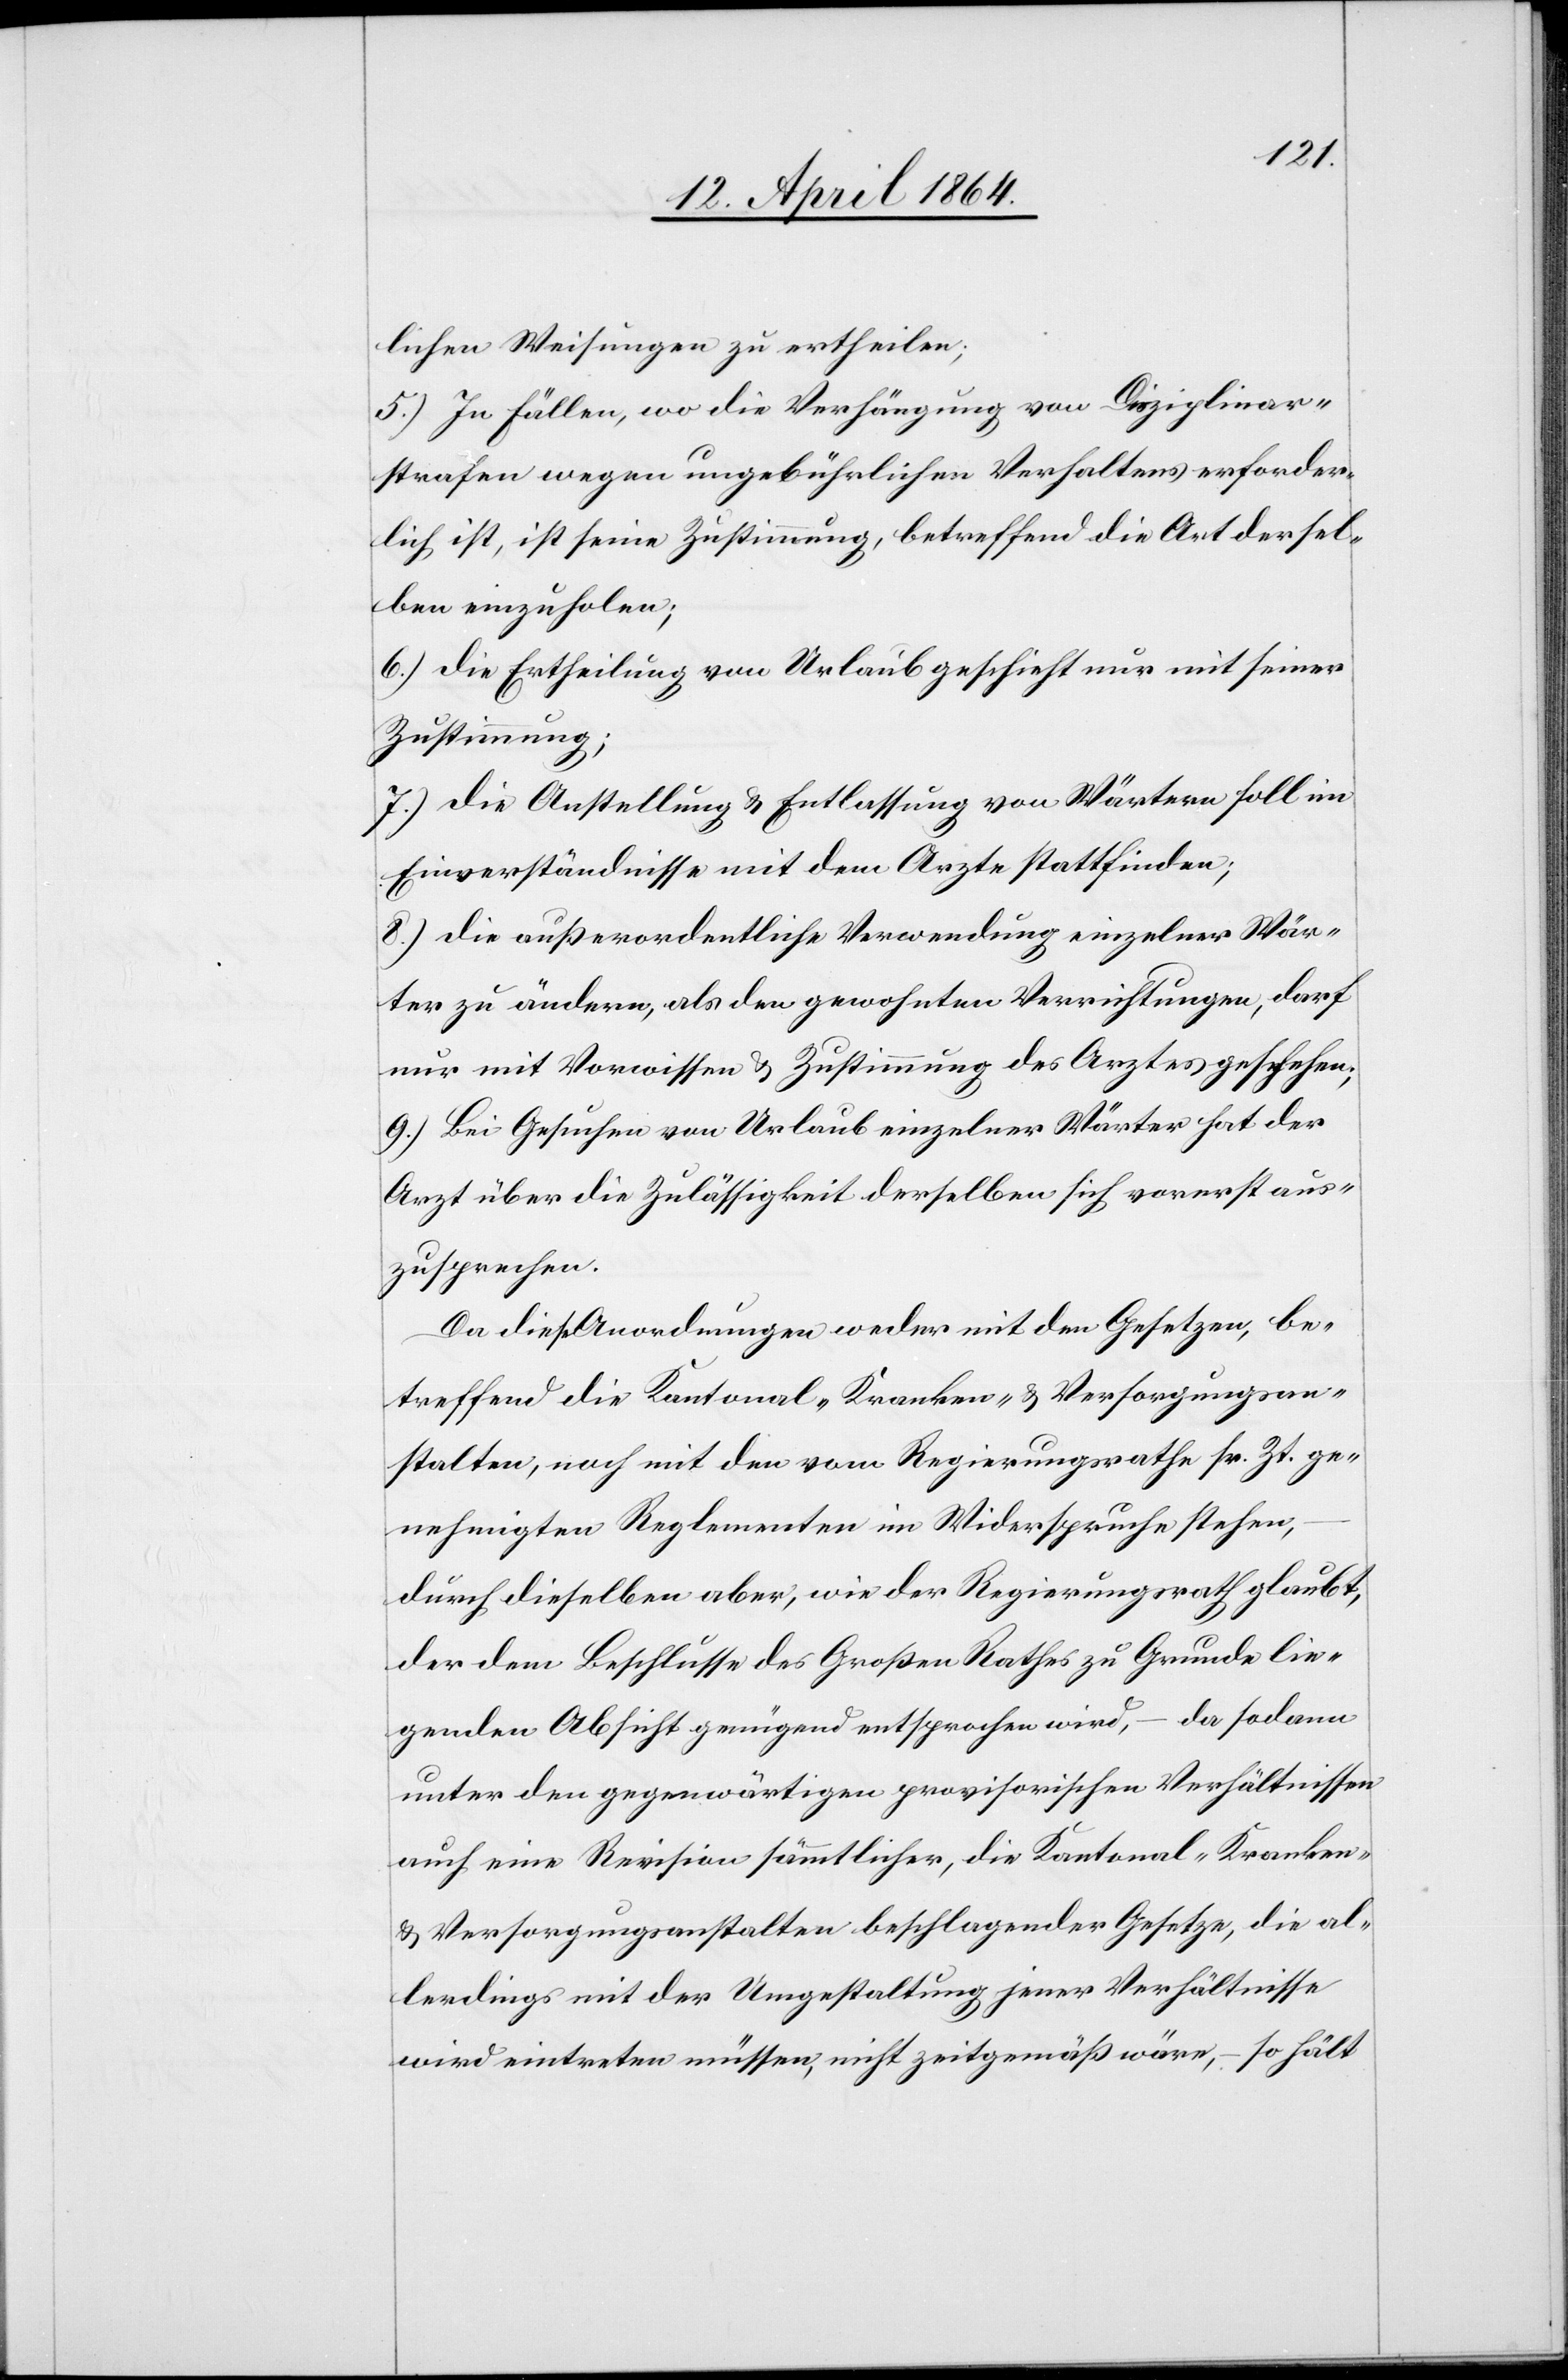
lichen Weisungen zu ertheilen;
5.) In Fällen, wo die Verhängung von Disziplinar¬
strafen wegen ungebührlichen Verhaltens erforder¬
lich ist, ist seine Zustimmung, betreffend die Art der sel¬
ben einzuholen;
6.) Die Ertheilung von Urlaub geschieht nur mit seiner
Zustimmung;
7.) Die Anstellung u. Entlassung von Wärtern soll im
Einverständnisse mit dem Arzte stattfinden;
8.) Die außerordentliche Verwendung einzelner Wär¬
ter zu ändern, als den gewohnten Verrichtungen, darf
nur mit Vorwissen u. Zustimmung des Arztes geschehen;
9.) Bei Gesuchen von Urlaub einzelner Wärter hat der
Arzt über die Zulässigkeit derselben sich vorerst aus¬
zusprechen.
Da diese Anordnungen weder mit den Gesetzen, be¬
treffend die Kantonal-Kranken- u. Bersorgungsan¬
stalten, noch mit den vom Regierungsrathe sr. Zt. ge¬
nehmigten Reglementen im Widerspruche stehen,
durch dieselben aber, wie der Regierungsrath glaubt,
der dem Beschlusse des Großen Rathes zu Grunde lie¬
genden Absicht genügend entsprochen wird, – da sodann
unter den gegenwärtigen provisorischen Verhältnissen
auch eine Revision sämtlicher, die Kantonal-Kranken-
u. Versorgungsanstalten beschlagender Gesetze, die al¬
lerdings mit der Umgestaltung jener Verhältnisse
wird eintreten müssen, nicht zeitgemäß wäre, – so hält